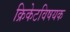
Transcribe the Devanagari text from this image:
क्रिकेटविषयक